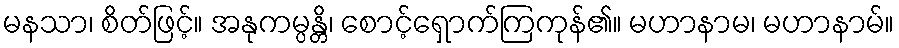
မနသာ၊ စိတ်ဖြင့်။ အနုကမ္ပန္တိ၊ စောင့်ရှောက်ကြကုန်၏။ မဟာနာမ၊ မဟာနာမ်။